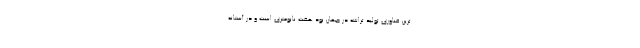
ترین فناوری تولید تراشه در جهان نود هفت نانومتری است و در آستانه